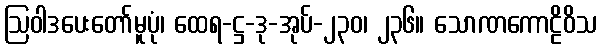
ဩဝါဒပေးတော်မူပုံ၊ ထေရ-ဋ္ဌ-ဒု-အုပ်-၂၃၀၊ ၂၃၆။ သောဏကောဠိဝိသ